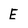
Character: E